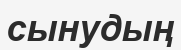
сынудың